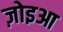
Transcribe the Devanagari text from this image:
ज़ोइआ